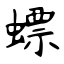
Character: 螵